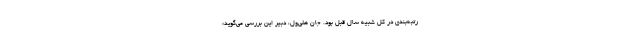
رتبه‌بندی در کل شبیه سال قبل بود. جان هلی‌ول، دبیر این بررسی می‌گوید: